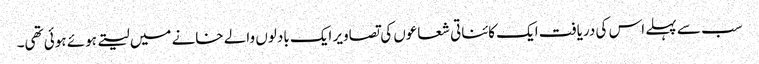
سب سے پہلے اس کی دریافت ایک کائناتی شعاعوں کی تصاویر ایک بادلوں والے خانے میں لیتے ہوئے ہوئی تھی۔